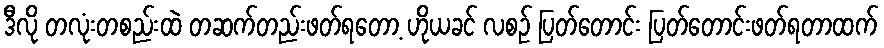
ဒီလို တလုံးတစည်းထဲ တဆက်တည်းဖတ်ရတော့ ဟိုယခင် လစဉ် ပြတ်တောင်း ပြတ်တောင်းဖတ်ရတာထက်